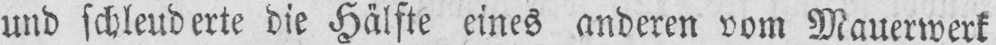
und schleuderte die Hälfte eines anderen vom Mauerwerk